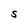
Character: S